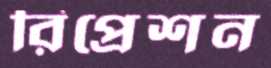
রিপ্রেশন